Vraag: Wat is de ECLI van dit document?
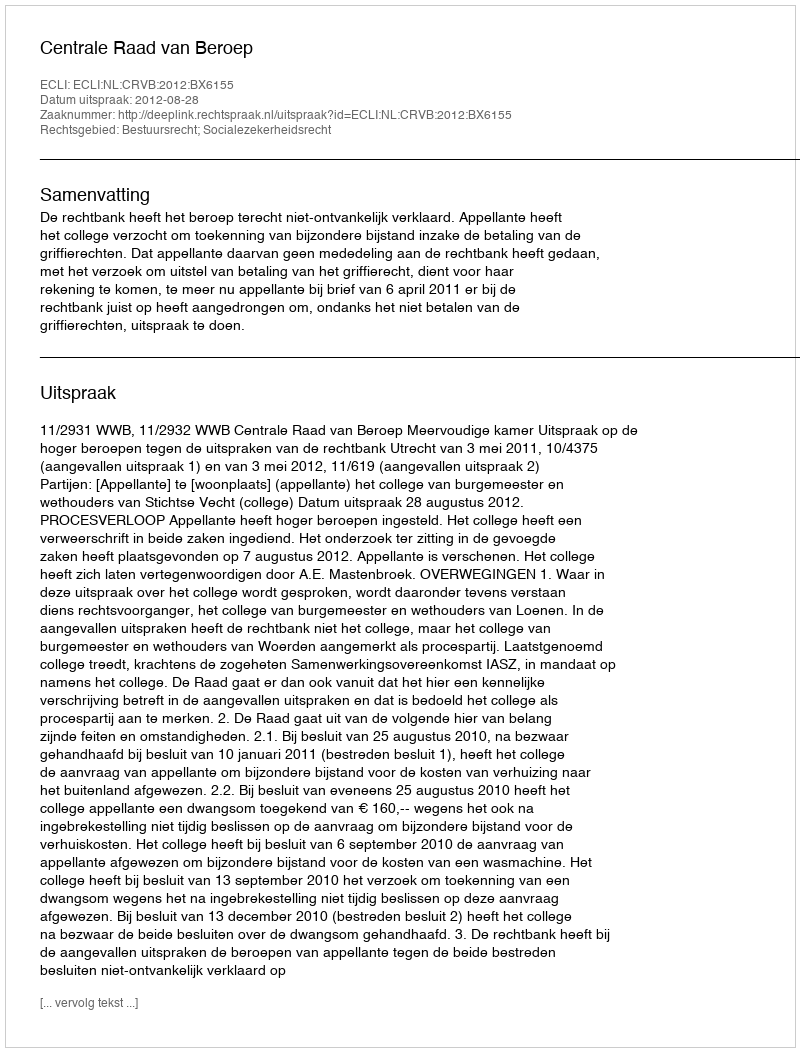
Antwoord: ECLI:NL:CRVB:2012:BX6155